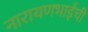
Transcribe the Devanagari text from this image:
नारायणभाईंची